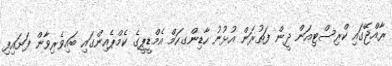
ރާއްޖޭގައި ކްރިސްޓިއަން ދީން ފަތުރަން އުޅުނު ހާޑިންގހަމް އެމްޑީޕީގެ ކެމްޕެއިންގައި ބައިވެރިވާން ފަށައިފި